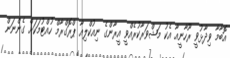
އޮބާމާ ވިދާޅުވީ ރޫހާނީއާ އެކު މަޝްވަރާކުރެއްވީ އީރާންގެ ނިއުކްލިއާ ޕްރޮގްރާމް ހުއްޓުމަކަށް ގެންނަން